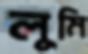
লুমি